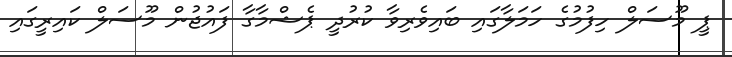
ޕީ މޫސަލް ހިފުމުގެ ހަމަލާގައި ބައިވެރިވާ ކުރުދީ ޕެޝްމާގާ ފައުޖުން މޫސަލް ކައިރީގައި